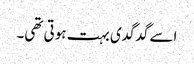
اسے گدگدی بہت ہوتی تھی۔